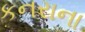
કનરાના